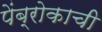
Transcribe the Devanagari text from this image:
पेंब्रोकाची